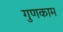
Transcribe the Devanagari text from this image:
गुणकाम